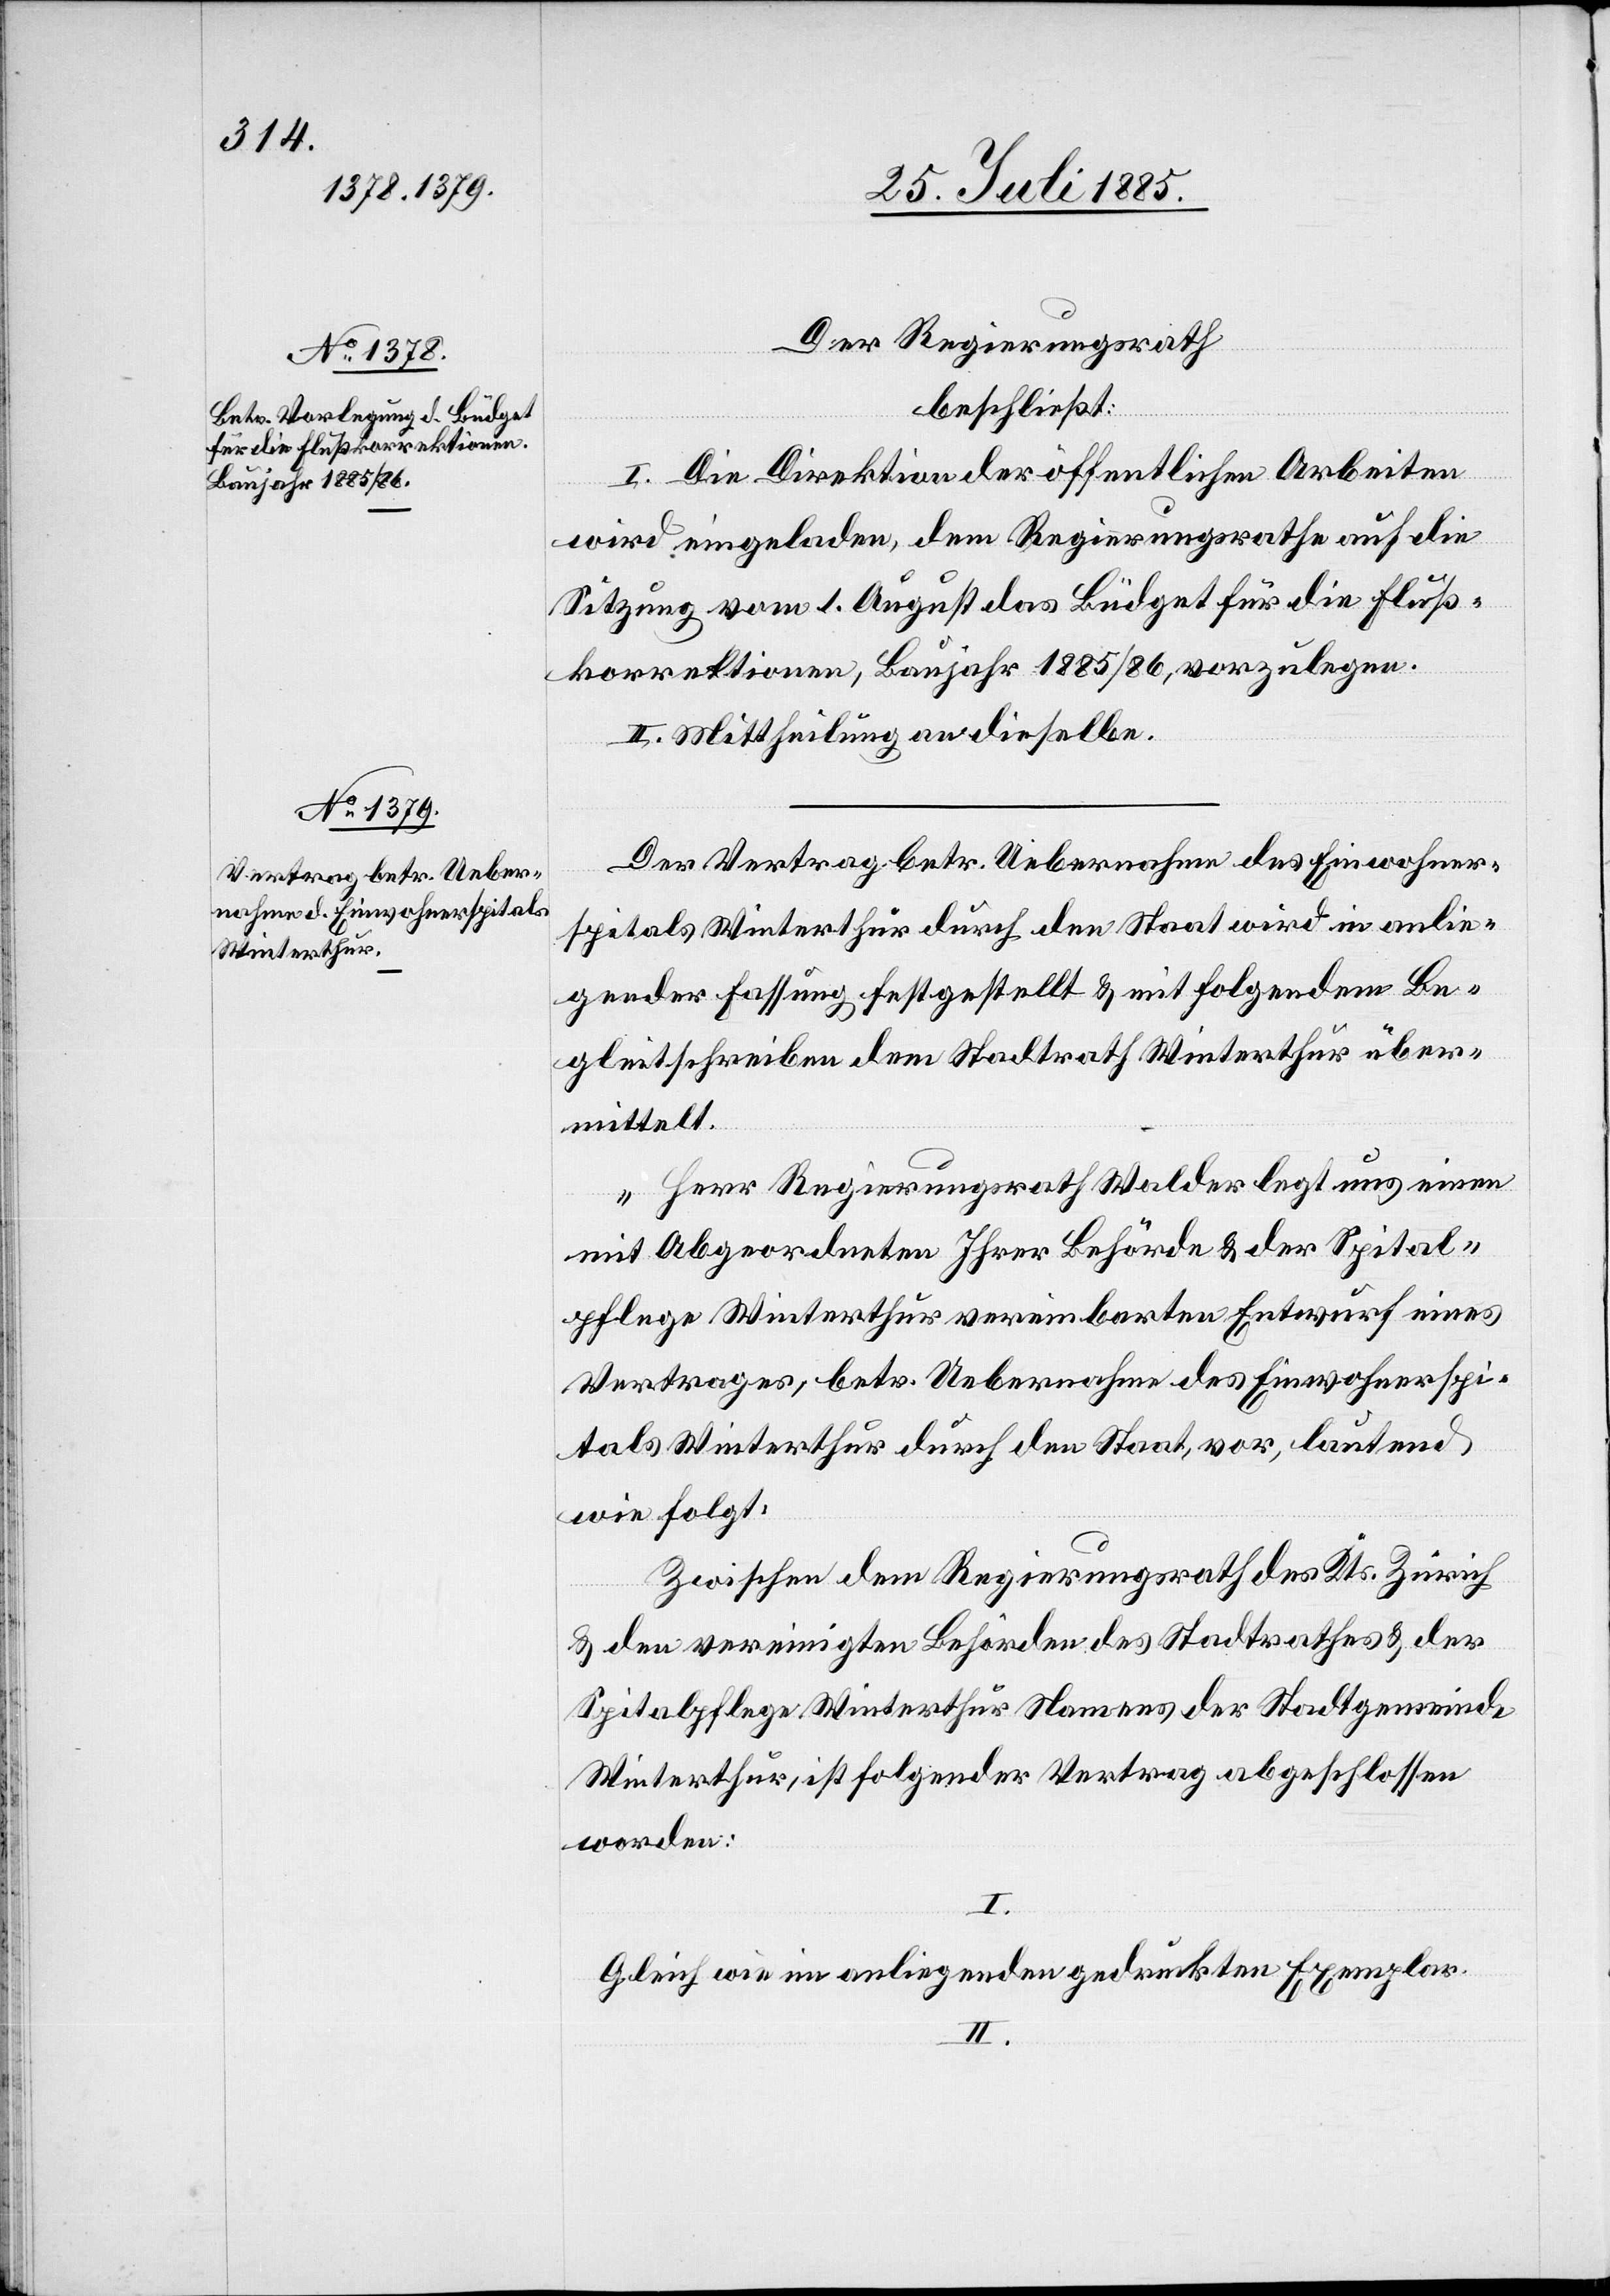
Der Regierungsrath
beschließt:
I. Die Direktion der öffentlichen Arbeiten
wird eingeladen, dem Regierungsrathe auf die
Sitzung vom 1. August das Büdget für die Fluß¬
korrektion, Baujahr 1885/86, vorzulegen.
II. Mittheilung an dieselbe.
Der Vertrag betr. Uebernahme des Einwohner¬
spitals Winterthur durch den Staat wird in anlie¬
gender Fassung festgestellt & mit folgendem Be¬
gleitschreiben dem Stadtrath Winterthur über¬
mittelt.
„Herr Regierungsrath Walder legt aus einem
mit Abgeordneten Ihrer Behörde & der Spital¬
pflege Winterthur vereinbarten Entwurf eines
Vertrages, betr. Uebernahme des Einwohnerspi¬
tals Winterthur durch den Staat, vor, lautend
wie folgt:
Zwischen dem Regierungsrath des Kts. Zürich
& den vereinigten Behörden des Stadtrathes & der
Spitalpflege Winterthur Namens der Stadtgemeinde
Winterthur, ist folgender Vertrag abgeschlossen
worden.
I.
Gleich wie im anliegenden gedruckten Exemplar.
II.